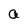
Character: a